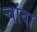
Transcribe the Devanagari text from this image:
चांबा